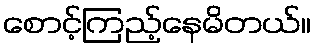
စောင့်ကြည့်နေမိတယ်။